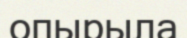
опырыла